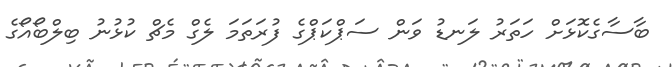
ބާސާގެކޮޅަށް ހަތަރު ލަނޑު ވަން ސަޕްކަޕްގެ ފުރަތަމަ ލެގް މެޗް ކުޅުނު ބިލްބޯއޯގެ